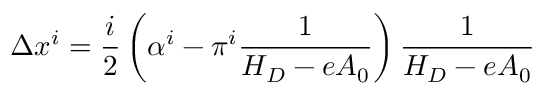
\Delta x ^ { i } = \frac i 2 \left( \alpha ^ { i } - \pi ^ { i } \frac 1 { H _ { D } - e A _ { 0 } } \right) \frac 1 { H _ { D } - e A _ { 0 } }